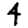
Digit: 4